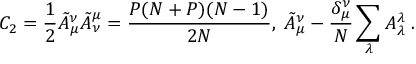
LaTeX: C _ { 2 } = \frac { 1 } { 2 } \tilde { A } _ { \mu } ^ { \nu } \tilde { A } _ { \nu } ^ { \mu } = \frac { P ( N + P ) ( N - 1 ) } { 2 N } , \; \tilde { A } _ { \mu } ^ { \nu } - \frac { \delta _ { \mu } ^ { \nu } } { N } \sum _ { \lambda } A _ { \lambda } ^ { \lambda } \; .